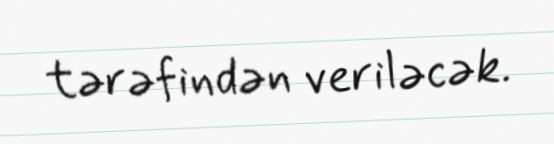
tərəfindən veriləcək.